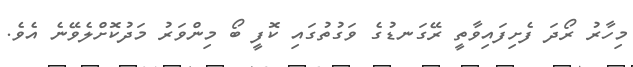
މިހާރު ރޯދަ ފެށިފައިވާތީ ރޭގަނޑުގެ ވަގުތުގައި ކޮފީ ބޯ މިންވަރު މަދުކޮށްލެވޭނެ އެވެ.